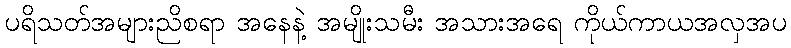
ပရိသတ်အများညိစရာ အနေနဲ့ အမျိုးသမီး အသားအရေ ကိုယ်ကာယအလှအပ